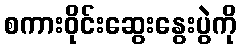
စကားဝိုင်းဆွေးနွေးပွဲကို